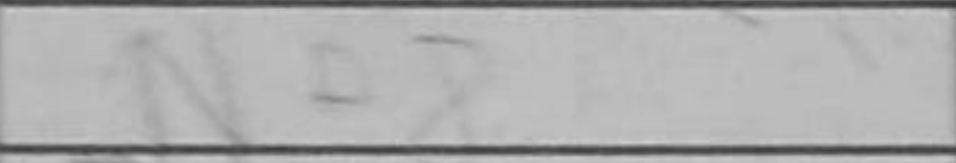
Transcription: Ne8